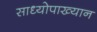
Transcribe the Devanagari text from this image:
साध्योपाख्यान